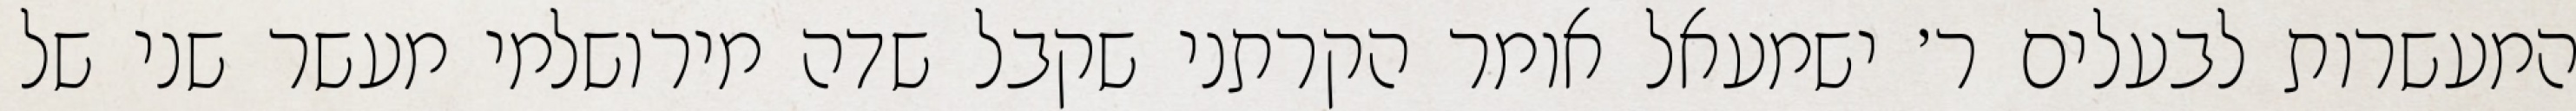
המעשרות לבעלים ר׳ ישמעאל אומר הקרתני שקבל שדה מירושלמי מעשר שני של